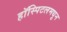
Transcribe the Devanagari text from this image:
हॉस्पिटलमधुन